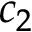
c _ { 2 }